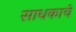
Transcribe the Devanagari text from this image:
साधकाचे